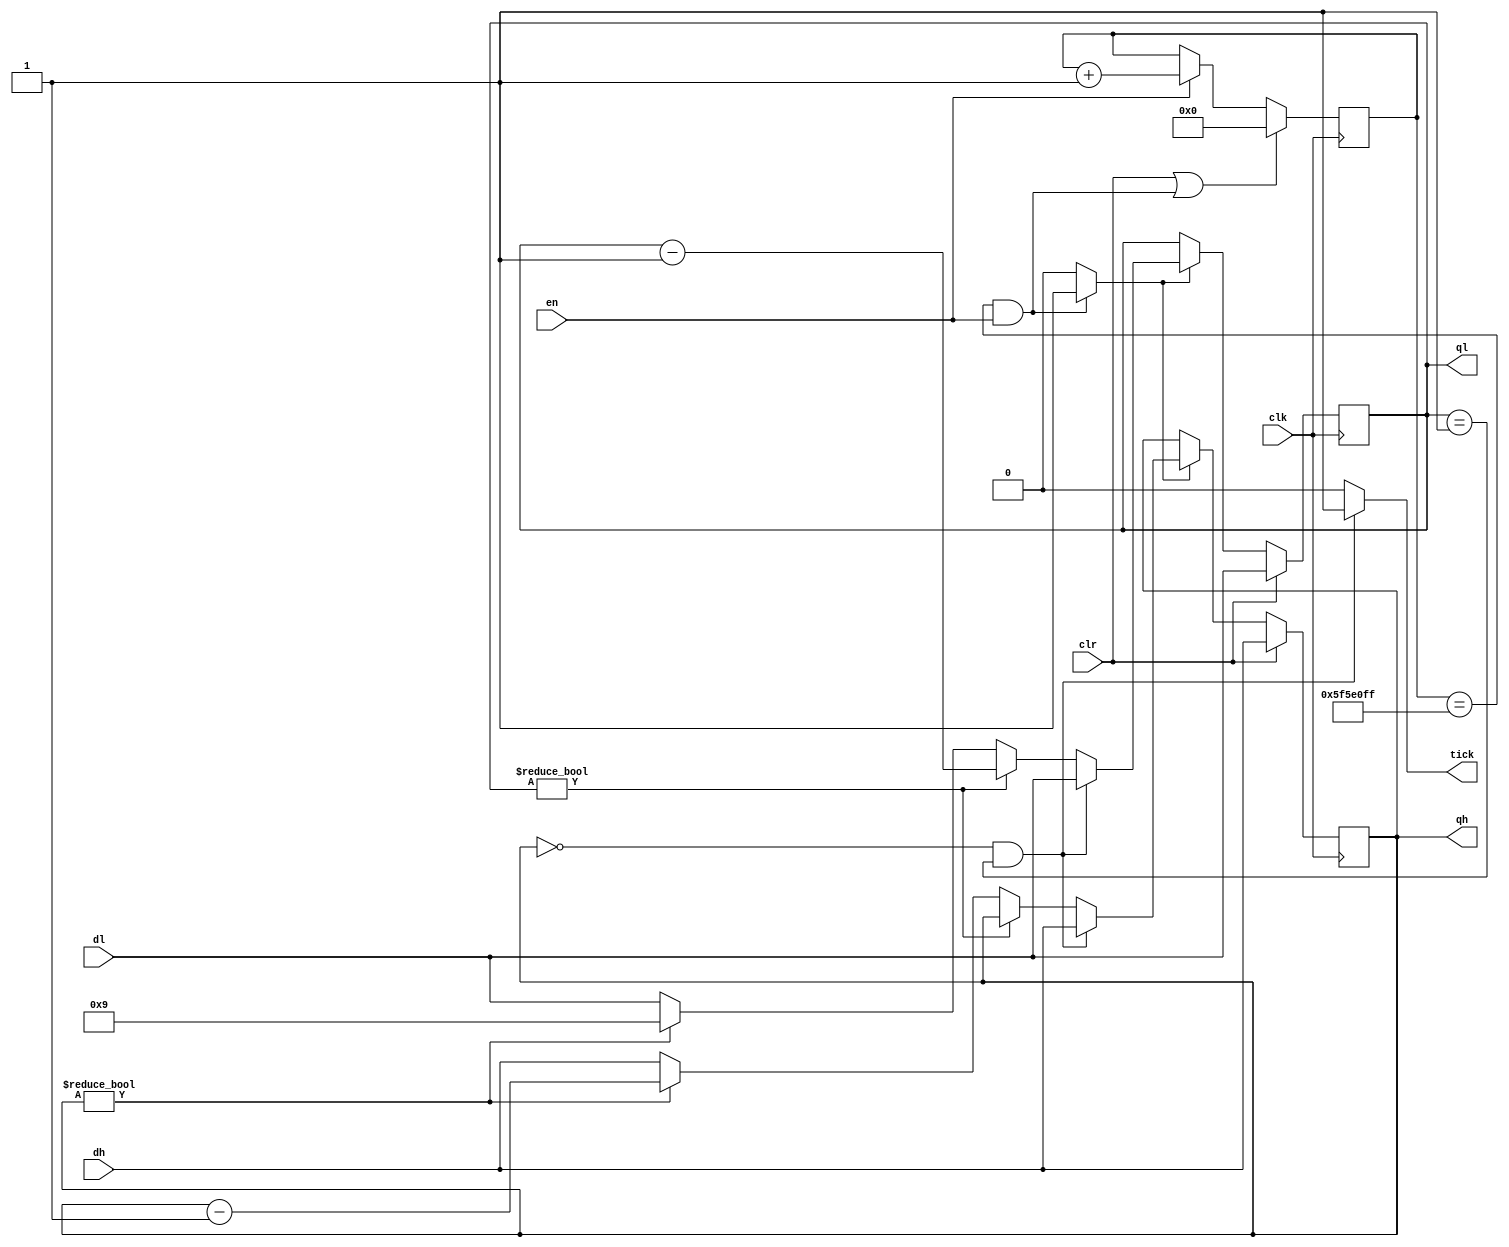
`timescale 1ns / 1ps
//////////////////////////////////////////////////////////////////////////////////
// Company: 
// Engineer: 
// 
// Design Name: 
// Module Name: countdown_double
// Project Name: 
// Target Devices: 
// Tool Versions: 
// Description: 
// 
// Dependencies: 
// 
// Revision:
// Revision 0.01 - File Created
// Additional Comments:
// 
//////////////////////////////////////////////////////////////////////////////////


module countdown_double
    #(parameter DVSR = 10000_0000 - 1,dh_min = 0,dl_min = 1)
    (
    input wire clk,clr,en, //clkclrpeenor
    input wire [3:0] dh, //
    input wire [3:0] dl,
    output wire tick, 
    output wire [3:0] qh,
    output wire [3:0] ql
    );
    //
    reg [29:0] ms_reg;
    wire [29:0] ms_next;
    wire ms_tick;
    reg [3:0] dh_reg,dl_reg;
    reg [3:0] dh_next,dl_next;
    wire pe; //
    
    //
    always@(posedge clk) begin
        dh_reg <= dh_next;
        dl_reg <= dl_next;
        ms_reg <= ms_next;
    end
    
    //
    assign ms_next = (clr||(ms_reg == DVSR && en)) ? 0 :
                                              (en) ? ms_reg + 1 :
                                                     ms_reg;
    assign ms_tick = (en)&&(ms_reg == DVSR) ? 1'b1 : 1'b0;
    
    //
    always@(*) begin
        dh_next = dh_reg;
        dl_next = dl_reg;
        if(clr) begin
            dh_next = dh;
            dl_next = dl;
        end else if(ms_tick) begin
            if(dh_reg == dh_min && dl_reg == dl_min) begin
                dh_next = dh;
                dl_next = dl;
            end else if(dl_reg != 0) begin
                dl_next = dl_reg - 1;
            end else begin
                dl_next = 4'h9;
                if(dh_reg != 0) begin
                    dh_next = dh_reg - 1;
                end else begin
                    dl_next = dl;
                    dh_next = dh;
                end
            end
        end 
    end
    
    //
    assign qh = dh_reg;
    assign ql = dl_reg;
    assign tick = (dl_reg==dl_min && dh_reg==dh_min)?1'b1:1'b0;
    
    reg delay_reg;
    
    always@(posedge clk,posedge clr) begin
        if(clr) begin
            delay_reg <= 1'b0;
        end else begin
            delay_reg <= tick;
        end
    end
    
    assign pe = (~delay_reg & tick)||clr;
    
endmodule